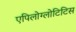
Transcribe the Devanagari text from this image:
एपिलोग्लोटिटिस